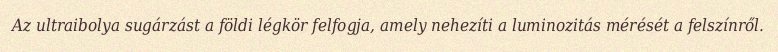
Az ultraibolya sugárzást a földi légkör felfogja, amely nehezíti a luminozitás mérését a felszínről.